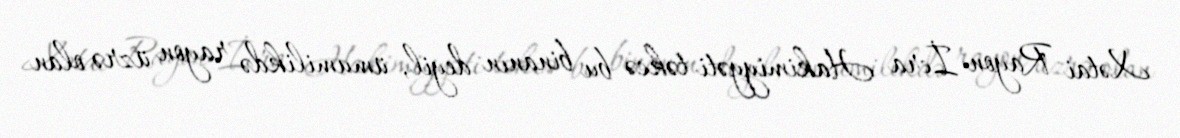
Xətai Rayon İcra Hakimiyyəti təkcə bu binanın deyil, ümumilikdə rayon üzrə olan